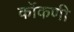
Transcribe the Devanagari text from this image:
कोंंकणी